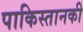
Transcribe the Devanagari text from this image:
पाकिस्तानकी